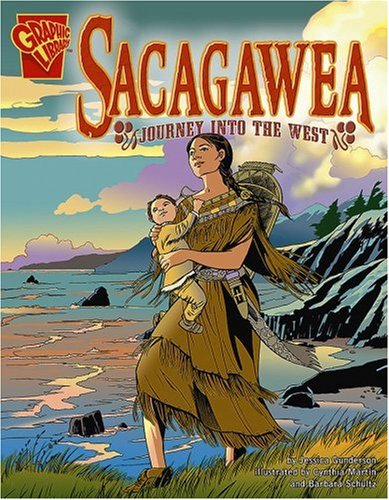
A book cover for Sacagawea: Journey into the West (Graphic Biographies); Jessica Gunderson; Children's Books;